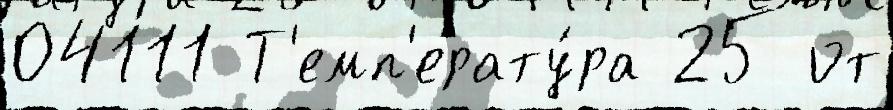
04111 Т'емп'ерату́ра 25 от